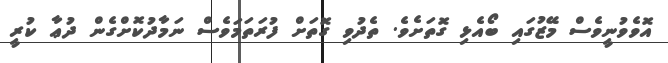
އޮވެވުނީވެސް މޭޒުގައި ބޯއެޅި ގޮތަށެވެ. ތެދުވި ގޮތަށް ފުރަތަމަވެސް ނަމާދުކޮށްގެން ދުޢާ ކުރީ